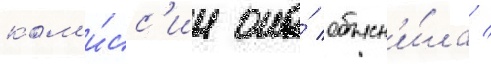
ком'и́сс'ии она́ объясн'и́ла /